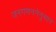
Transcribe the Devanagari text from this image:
जनगणननेनुसार